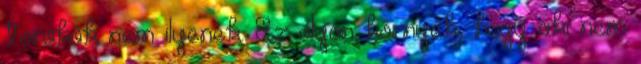
törökök nem ilyenek. Ez olyan környék, hogy aki nem